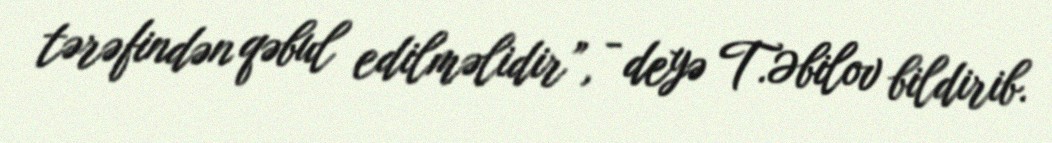
tərəfindən qəbul edilməlidir”, - deyə T.Əbilov bildirib.